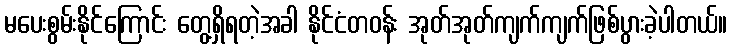
မပေးစွမ်းနိုင်ကြောင်း တွေ့ရှိရတဲ့အခါ နိုင်ငံတဝန်း အုတ်အုတ်ကျက်ကျက်ဖြစ်ပွားခဲ့ပါတယ်။